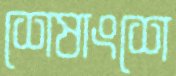
শেষাংশে